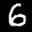
Label: 6